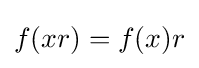
f(xr)=f(x)r